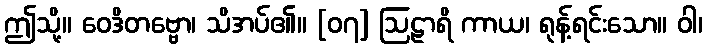
ဤသို့။ ဝေဒိတဗ္ဗော၊ သိအပ်၏။ [၀၇] ဩဠာရိ ကာယ၊ ရုန့်ရင်းသော။ ဝါ၊